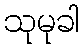
သုမုခါ